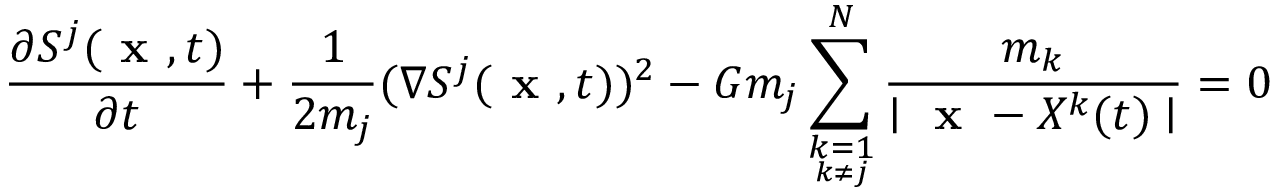
\frac { \partial S ^ { j } ( \textbf { x } , t ) } { \partial t } + \frac { 1 } { 2 m _ { j } } ( \nabla S ^ { j } ( \textbf { x } , t ) ) ^ { 2 } - G m _ { j } \sum _ { \underset { k \neq j } { k = 1 } } ^ { N } \frac { m _ { k } } { \mid \textbf { x } - X ^ { k } ( t ) \mid } = 0